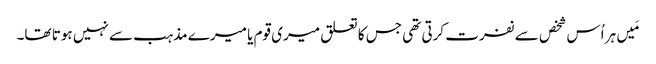
‏ مَیں ہر اُس شخص سے نفرت کرتی تھی جس کا تعلق میری قوم یا میرے مذہب سے نہیں ہوتا تھا۔